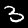
Label: 3